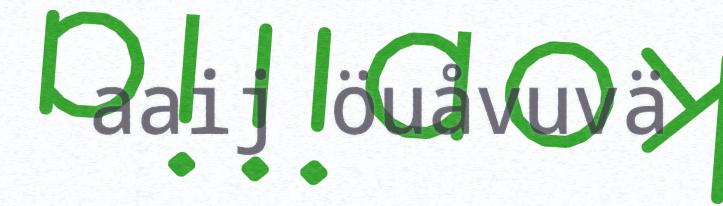
aaij öuåvuvä